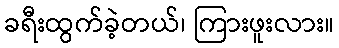
ခရီးထွက်ခဲ့တယ်၊ ကြားဖူးလား။